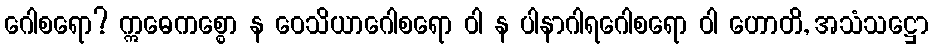
ဂေါစရော? ဣဓေကစ္စော န ဝေသိယာဂေါစရော ဝါ န ပါနာဂါရဂေါစရော ဝါ ဟောတိ, အသံသဋ္ဌော